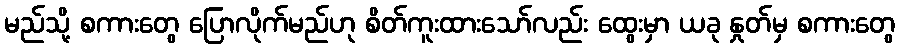
မည်သို့ စကားတွေ ပြောလိုက်မည်ဟု စိတ်ကူးထားသော်လည်း ထွေးမှာ ယခု နှုတ်မှ စကားတွေ